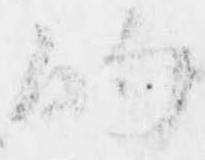
的